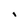
Character: i